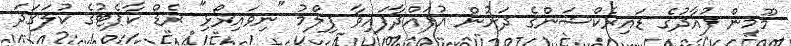
މޫމިން ފުއާދުގެ ޑައިރެކްޝަންގެ ދަށުން އުފައްދާފައިވާ ފިލްމު "ނިވައިރޯޅި" ރެޑް ކާޕެޓުގެ ކުލަގަދަ